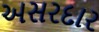
અસરદાર